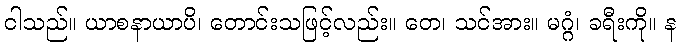
ငါသည်။ ယာစနာယာပိ၊ တောင်းသဖြင့်လည်း။ တေ၊ သင်အား။ မဂ္ဂံ၊ ခရီးကို။ န